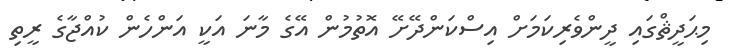
މިޙަދީޘްގައި ދީންވެރިކަމަށް އިސްކަންދޭށޭ އޮތުމުން އޭގެ މާނަ އަކީ އަންހެން ކުއްޖާގެ ރީތި